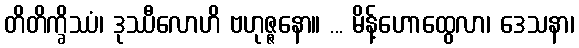
တိတိက္ခိဿံ၊ ဒုဿီလောဟိ ဗဟုဇ္ဇနော။ ... မိန့်ဟောထွေလာ၊ ဒေသနာ၊